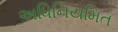
અધિનિયમિત